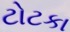
ટોટકા